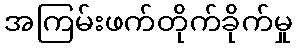
အကြမ်းဖက်တိုက်ခိုက်မှု